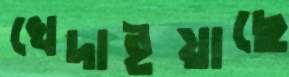
খেদাইয়াছে